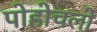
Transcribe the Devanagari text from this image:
पोहोचलो